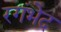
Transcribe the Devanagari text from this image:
रगंभेद